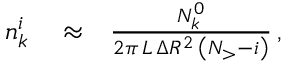
\begin{array} { r l r } { n _ { k } ^ { i } } & { { } \approx } & { \frac { N _ { k } ^ { 0 } } { 2 \pi \, L \, \Delta R ^ { 2 } \, \left( N _ { > } - i \right) } \, , } \end{array}